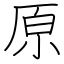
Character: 原